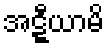
အဋ္ဋီယာမိ